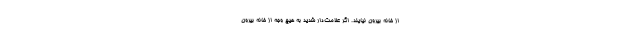
از خانه بیرون نیایند. اگر علامت‌دار شدید به هیچ وجه از خانه بیرون